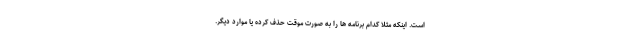
است. اینکه مثلا کدام برنامه ها را به صورت موقت حذف کرده یا موارد دیگر.